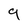
Character: 9